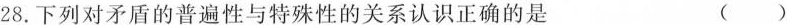
28.下列对矛盾的普遍性与特殊性的关系认识正确的是（ ）